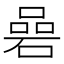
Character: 碞